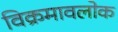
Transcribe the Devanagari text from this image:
विक्रमावलोक